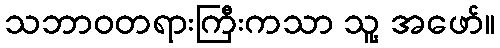
သဘာဝတရားကြီးကသာ သူ့ အဖော်။